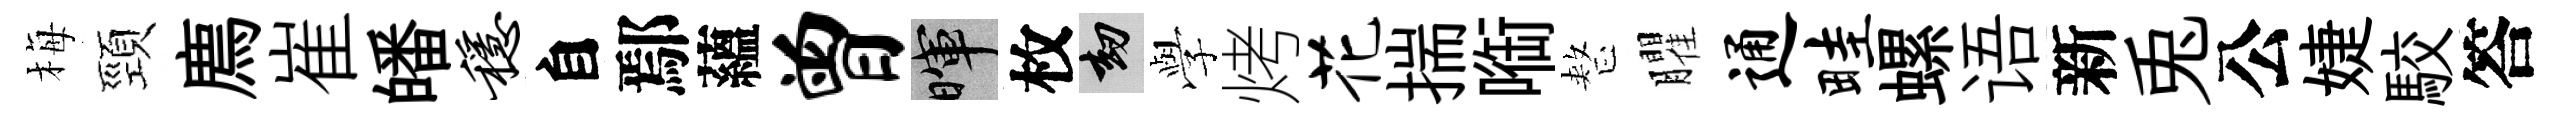
梅頸廌崔皤稳自鄢蘊曾暉枚劫𫝯烤花揣㗸整臞通畦螺语新兎公婕駮答